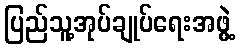
ပြည်သူ့အုပ်ချုပ်ရေးအဖွဲ့